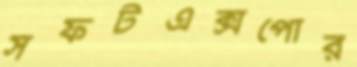
সফটএক্সপোর